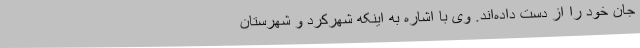
جان خود را از دست داده‌اند. وی با اشاره به اینکه شهرکرد و شهرستان